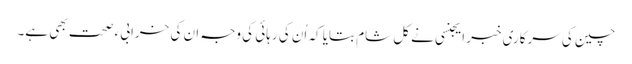
چین کی سرکاری خبر ایجنسی نے کل شام بتایا کہ اُن کی رہائی کی وجہ ان کی خرابیء صحت بھی ہے۔